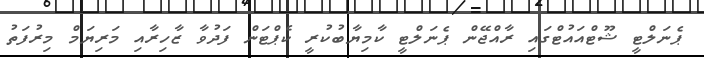
ޕެނަލްޓީ ޝޫޓްއައުޓްގައި ރާއްޖޭން ޕެނަލްޓީ ކާމިޔާބުކުރީ ކެޕްޓަން ފަދުވާ ޒާހިރާއި މަރިޔަމް މިރުފަތު